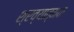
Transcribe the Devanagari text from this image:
श्रव्यात्मक